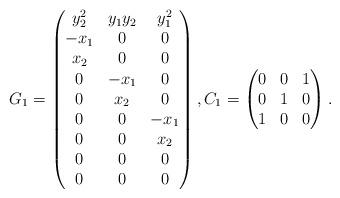
LaTeX: \begin{align*}G_1=\begin{pmatrix}{y}_{2}^{2}&{y}_{1} {y}_{2}&{y}_{1}^{2}\\{-{x}_{1}}&0&0\\{x}_{2}&0&0\\0&{-{x}_{1}}&0\\0&{x}_{2}&0\\0&0&{-{x}_{1}}\\0&0&{x}_{2}\\0&0&0\\0&0&0\\\end{pmatrix},C_1 =\begin{pmatrix}0&0&1\\0&1&0\\1&0&0\\\end{pmatrix}.\end{align*}